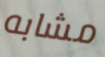
مشابه